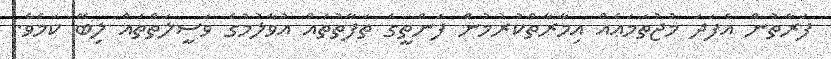
ފަރާތުން އެފަދަ މުޖުތަމަޢެއް އިމާރާތްކުރުމުން ފަންތީގެ ތަފާތުތައް އުވާލުމުގެ ވަސީލަތްތައް ލިބޭ ކަމެވެ.